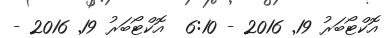
އޮކްޓޯބަރު 19